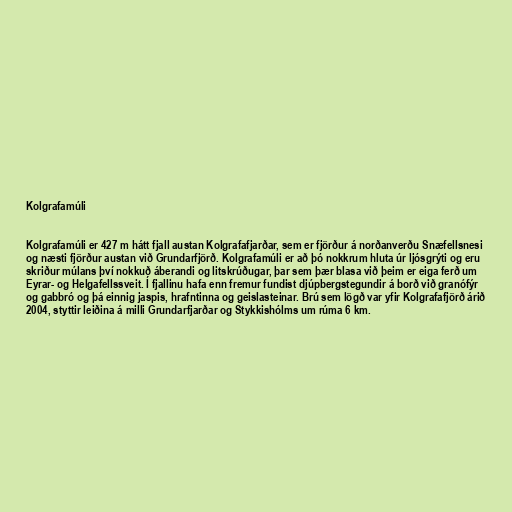
Kolgrafamúli

Kolgrafamúli er 427 m hátt fjall austan Kolgrafafjarðar, sem er fjörður á norðanverðu Snæfellsnesi
og næsti fjörður austan við Grundarfjörð. Kolgrafamúli er að þó nokkrum hluta úr ljósgrýti og eru
skriður múlans því nokkuð áberandi og litskrúðugar, þar sem þær blasa við þeim er eiga ferð um
Eyrar- og Helgafellssveit. Í fjallinu hafa enn fremur fundist djúpbergstegundir á borð við granófýr
og gabbró og þá einnig jaspis, hrafntinna og geislasteinar. Brú sem lögð var yfir Kolgrafafjörð árið
2004, styttir leiðina á milli Grundarfjarðar og Stykkishólms um rúma 6 km.